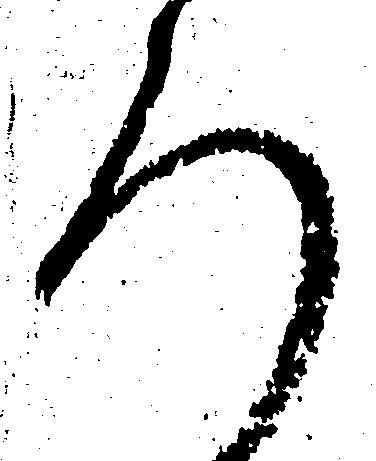
ろ